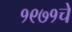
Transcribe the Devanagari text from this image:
१९७१चे